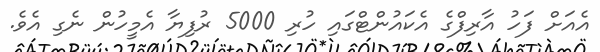
އެއަށް ފަހު އާރިފްގެ އެކައުންޓްގައި ހުރި 5000 ރުފިޔާ އެމީހުން ނެގި އެވެ.